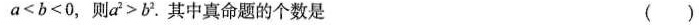
a<b<0，则a^{2}>b^{2}。其中真命题的个数是 ( )